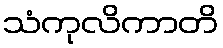
သံကုလိကာတိ